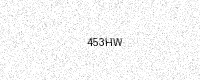
Text: 453HW